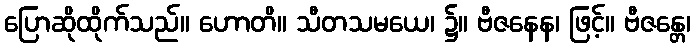
ပြောဆိုထိုက်သည်။ ဟောတိ။ သီတသမယေ၊ ၌။ ဗီဇနေန၊ ဖြင့်။ ဗီဇန္တေ၊